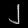
Digit: ၂